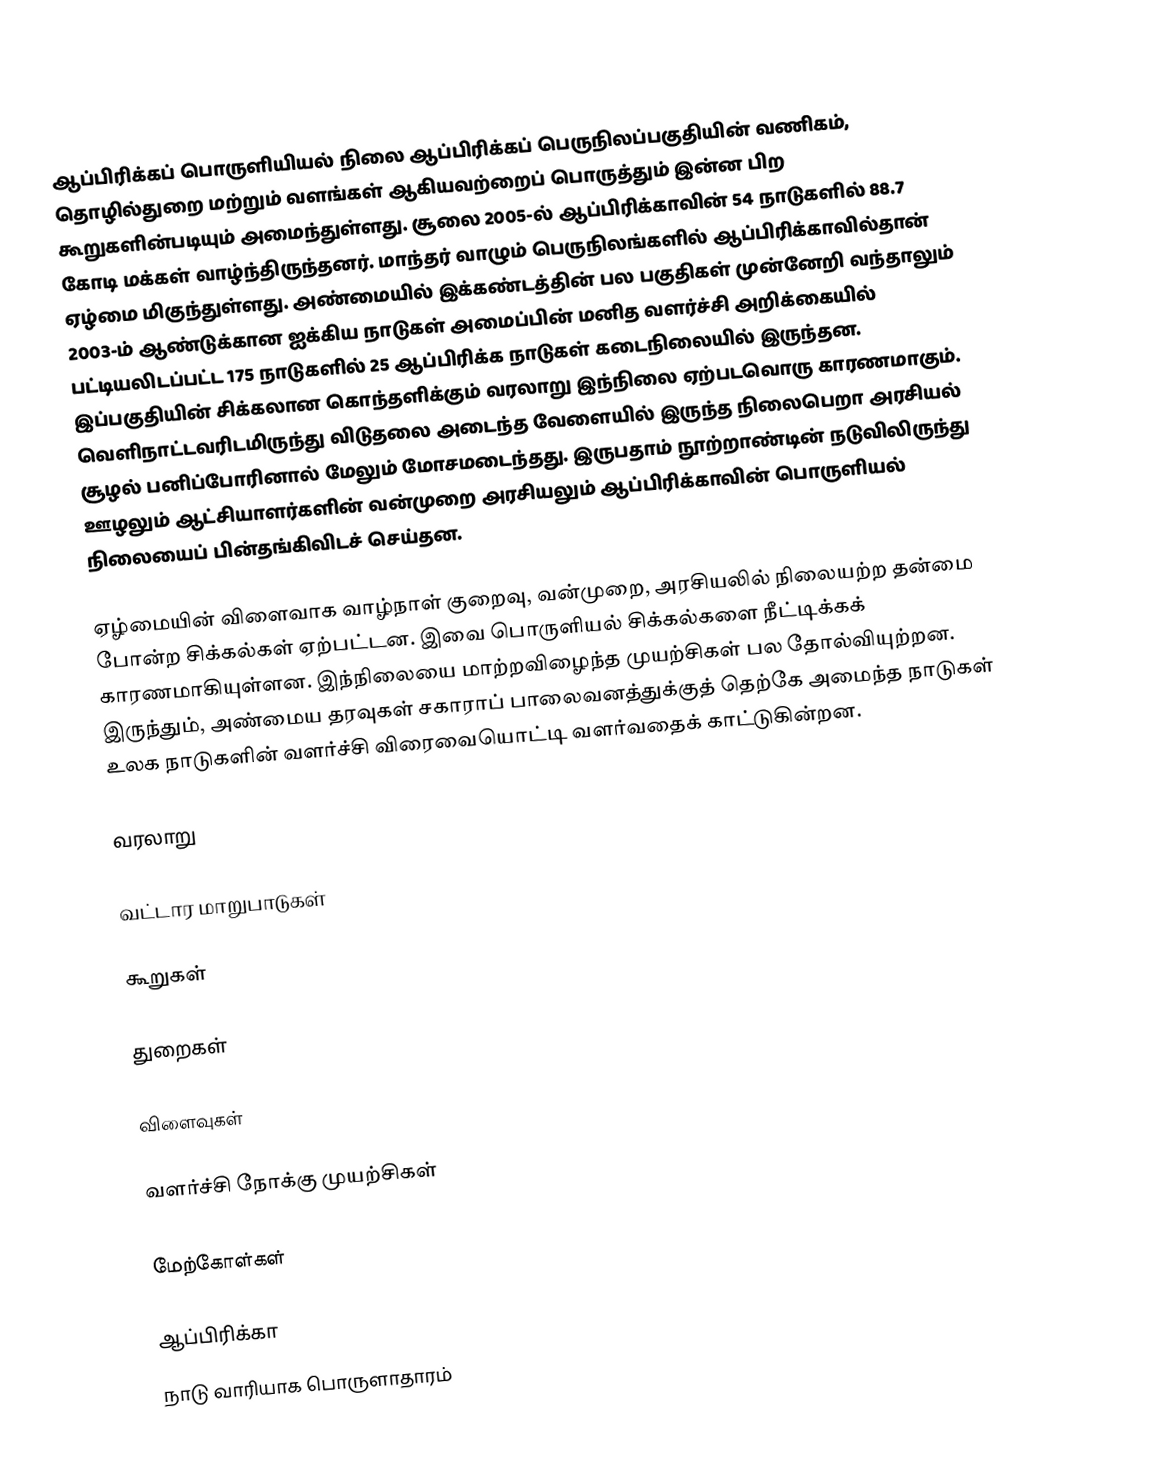
ஆப்பிரிக்கப் பொருளியியல் நிலை ஆப்பிரிக்கப் பெருநிலப்பகுதியின் வணிகம், தொழில்துறை மற்றும் வளங்கள் ஆகியவற்றைப் பொருத்தும் இன்ன பிற கூறுகளின்படியும் அமைந்துள்ளது. சூலை 2005-ல் ஆப்பிரிக்காவின் 54 நாடுகளில் 88.7 கோடி மக்கள் வாழ்ந்திருந்தனர். மாந்தர் வாழும் பெருநிலங்களில் ஆப்பிரிக்காவில்தான் ஏழ்மை மிகுந்துள்ளது. அண்மையில் இக்கண்டத்தின் பல பகுதிகள் முன்னேறி வந்தாலும் 2003-ம் ஆண்டுக்கான ஐக்கிய நாடுகள் அமைப்பின் மனித வளர்ச்சி அறிக்கையில் பட்டியலிடப்பட்ட 175 நாடுகளில் 25 ஆப்பிரிக்க நாடுகள் கடைநிலையில் இருந்தன. இப்பகுதியின் சிக்கலான கொந்தளிக்கும் வரலாறு இந்நிலை ஏற்படவொரு காரணமாகும். வெளிநாட்டவரிடமிருந்து விடுதலை அடைந்த வேளையில் இருந்த நிலைபெறா அரசியல் சூழல் பனிப்போரினால் மேலும் மோசமடைந்தது. இருபதாம் நூற்றாண்டின் நடுவிலிருந்து ஊழலும் ஆட்சியாளர்களின் வன்முறை அரசியலும் ஆப்பிரிக்காவின் பொருளியல் நிலையைப் பின்தங்கிவிடச் செய்தன.

ஏழ்மையின் விளைவாக வாழ்நாள் குறைவு, வன்முறை, அரசியலில் நிலையற்ற தன்மை போன்ற சிக்கல்கள் ஏற்பட்டன. இவை பொருளியல் சிக்கல்களை நீட்டிக்கக் காரணமாகியுள்ளன. இந்நிலையை மாற்றவிழைந்த முயற்சிகள் பல தோல்வியுற்றன. இருந்தும், அண்மைய தரவுகள் சகாராப் பாலைவனத்துக்குத் தெற்கே அமைந்த நாடுகள் உலக நாடுகளின் வளர்ச்சி விரைவையொட்டி வளர்வதைக் காட்டுகின்றன.

வரலாறு

வட்டார மாறுபாடுகள்

கூறுகள்

துறைகள்

விளைவுகள்

வளர்ச்சி நோக்கு முயற்சிகள்

மேற்கோள்கள்

ஆப்பிரிக்கா
நாடு வாரியாக பொருளாதாரம்